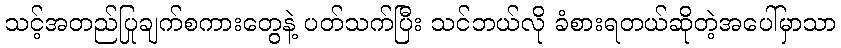
သင့်အတည်ပြုချက်စကားတွေနဲ့ ပတ်သက်ပြီး သင်ဘယ်လို ခံစားရတယ်ဆိုတဲ့အပေါ်မှာသာ